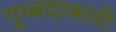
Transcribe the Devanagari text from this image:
गुम्बदाकारी